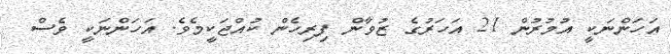
އަހަންނަކީ އުމުރުން 21 އަހަރުގެ ޒުވާން ފިރިހެން ކުއްޖަކީމެވެ. އަހަންނަކީ ވެސް